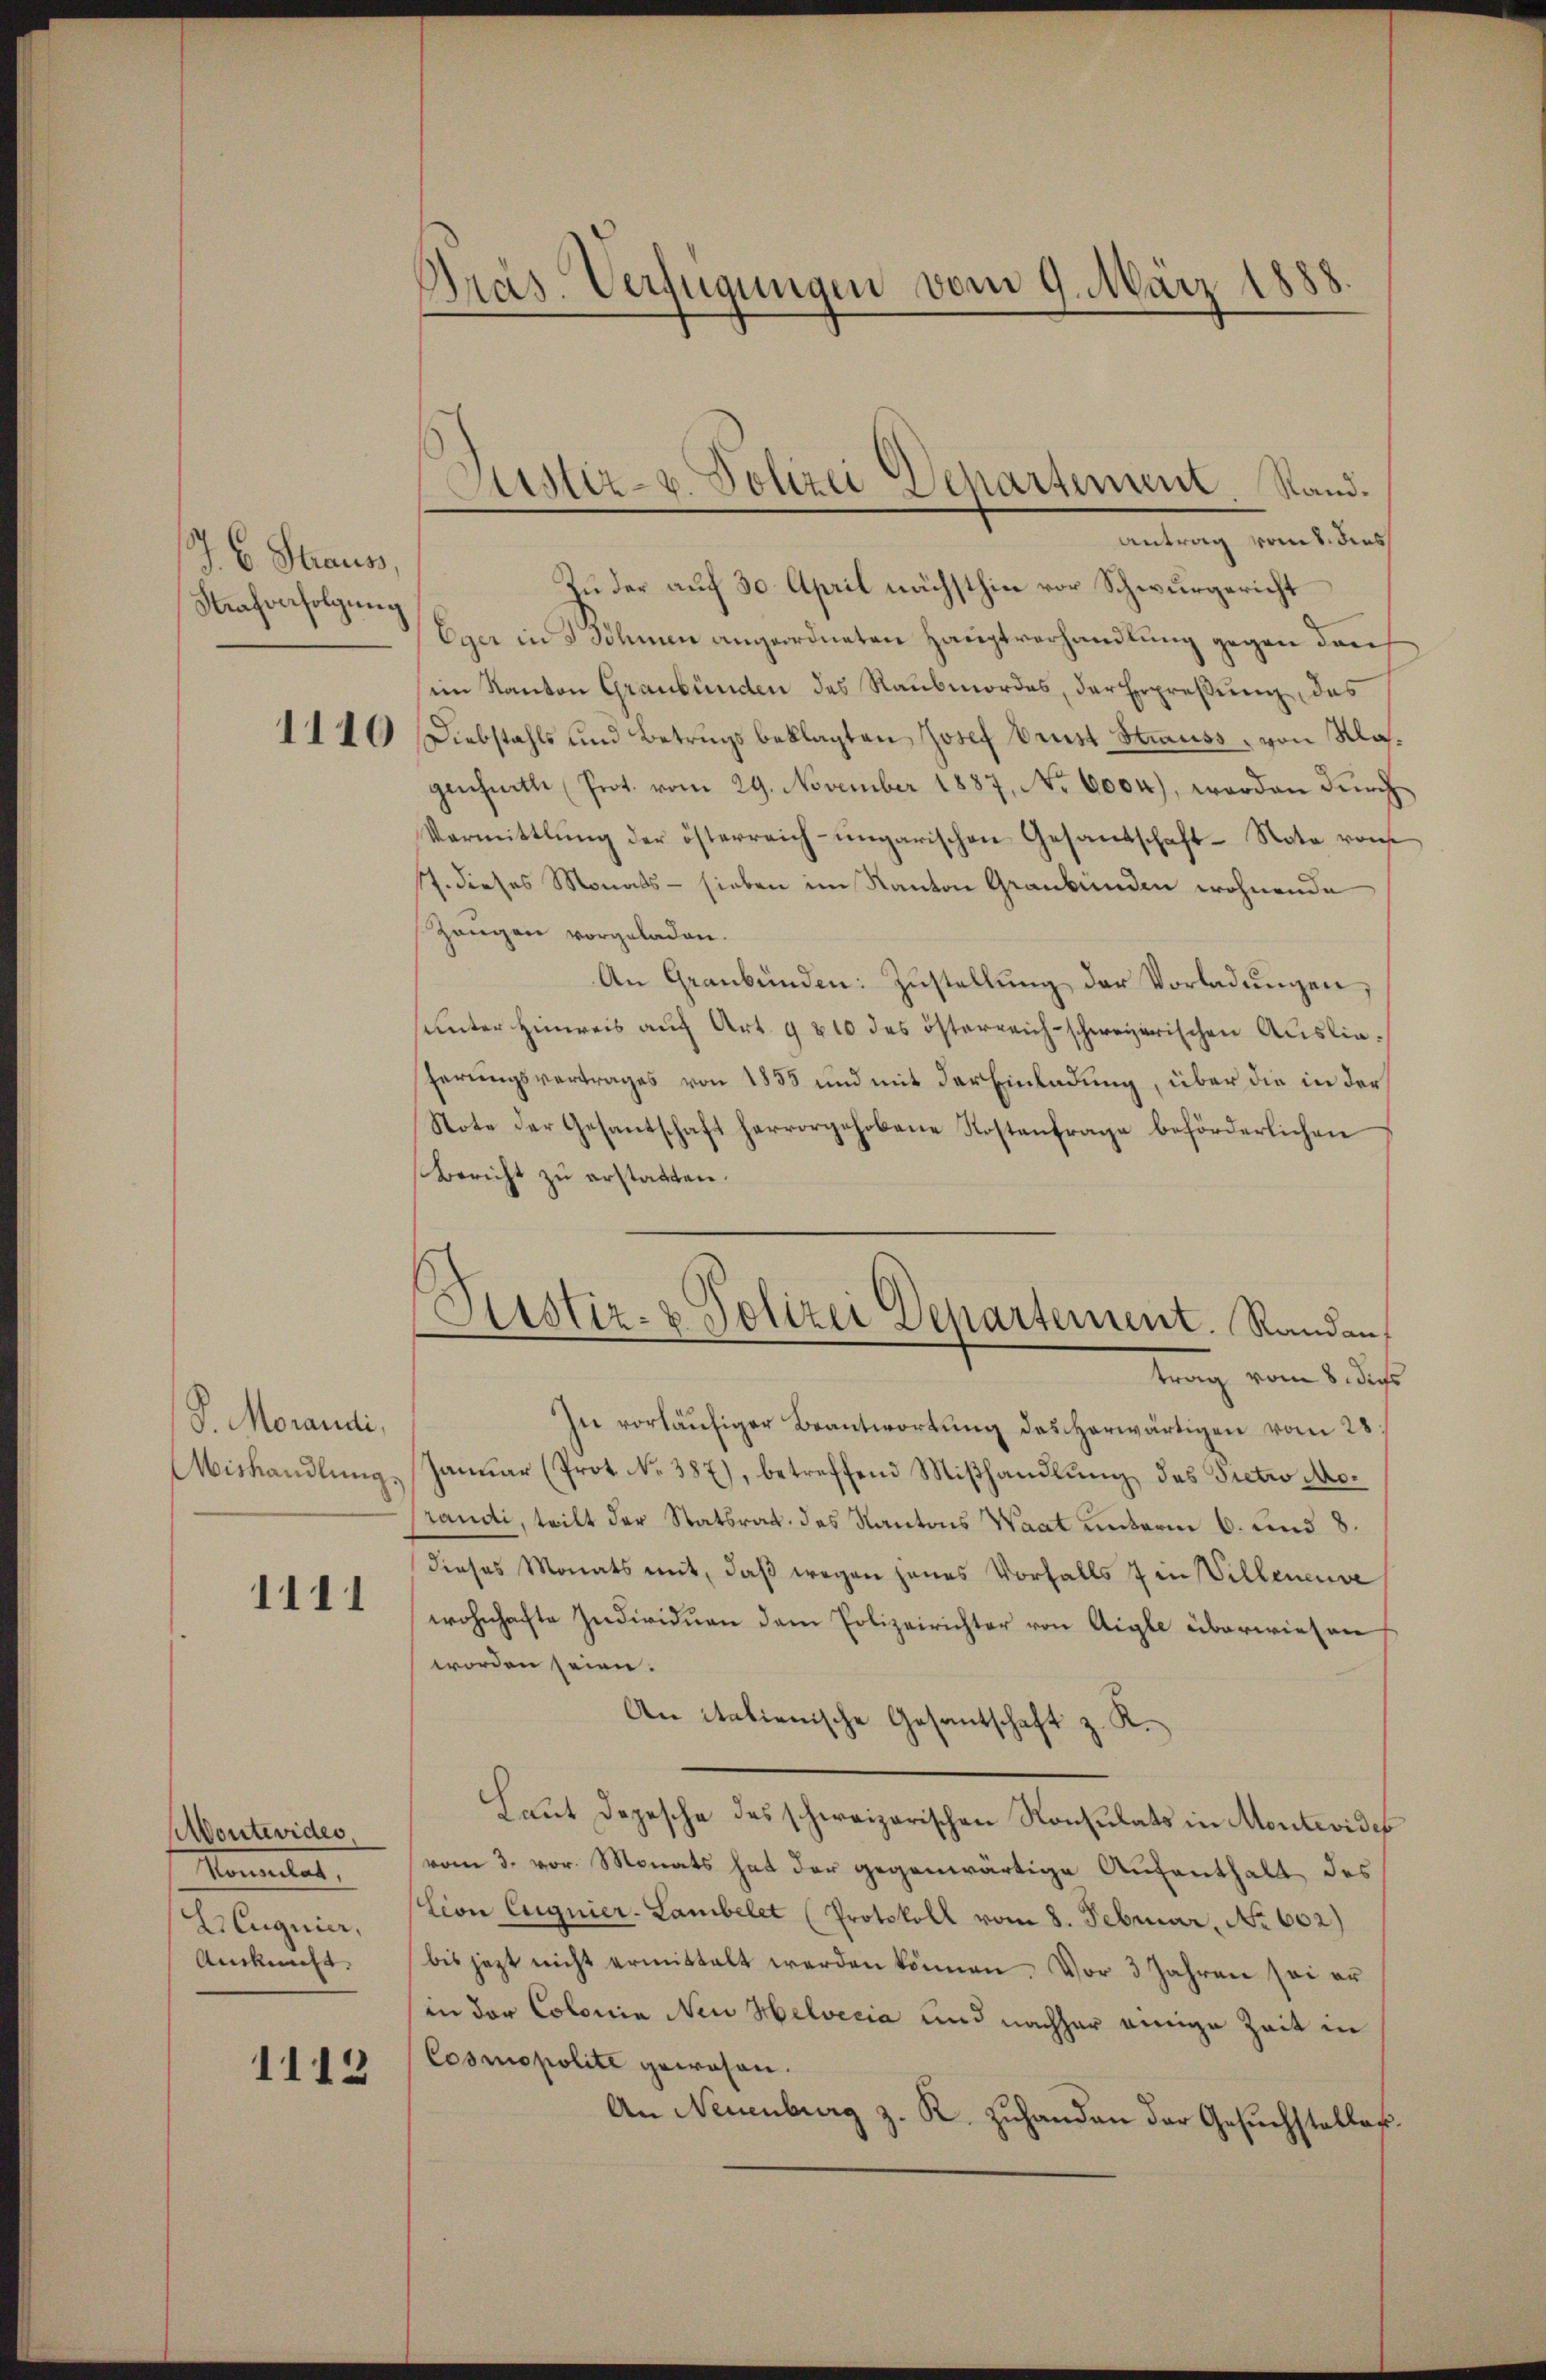
J. C. Straus,
Strafverfolgung

1110

S. Morandi,
Mishandlung.

1111

Montevides
Monntag,
ECuguier,
Ankunft.

1112

Präs. Verfügungen vom 9. März 1888

Zuder auf 30 April nächsthin vor Schwurgericht
Eger in 3 Söhnen angeordneten Hauptverhandlung gegen den
im Kanton Graubünden des Raubmordes, der Erpreßung, das
Diebstahls und Betrugs beklagten Josef Brust Strauss, von Mageichnitte (Prot. vom 29. November 1887, No 6004), worden dŭrch
Vermittlung der österreich-ungarischen Gesandschaft-Note vom
17. dieses Monats - sieben im Kanton Graubünden wohnende
Zeugen vorgeladen.
An Graubünden: Zŭstellŭng der Vorladŭngen,
unter Hinweis auf Art. 9810 des österreich-schweizerischen Auslieherungsvertrages von 1855 und mit der Einladung, über die in der
Note der Gesantschaft hervorgehobene Kostenfrage beförderlichen
Bericht zu erstatten.
In vorläufiger Beantwortung des herwärtigen vom 28
Januar (Prot No. 387), betreffend Miβhandlung des Pietwo Morandi, teilt der Statsrat, des Kantons Waat unterm 6. und 8.
dieses Monats mit, daß wegen jenes Vorfalls den Villeneuve
wohnhafte Individuen dem Polizeirichter von Aigle überwiesen
worden seien.
An italienische Gesantschaft z. K.
Laut Depesche des schweizerischen Konsulats in Montevides
vom 3. vor. Monats hat der gegenwärtige Aufenthalt des
tion Eugnier-Lambelet (Protokoll vom 8. Februar, No 602)
bis jezt nicht ermittelt werden können. Vor 3 Jahren sei er
in der Colonia Neu Helvetia und nachher einige Zeit in
Cosmopolite gewesen.
An Neuenburg z. R. zuhanden der Gesuchsteller.

Justiz- u. Polizei Departement Rand.
Antrag vom 1. dies

Sistiz- & Polizei Departement. Randan
trag vom 8. dies